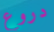
دروع